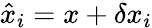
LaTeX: \hat{x}_{i}=x+\delta x_{i}